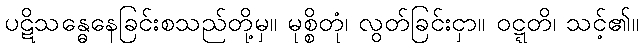
ပဋိသန္ဓေနေခြင်းစသည်တို့မှ။ မုစ္စိတုံ၊ လွတ်ခြင်းငှာ။ ဝဋ္ဋတိ၊ သင့်၏။